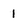
Character: 1